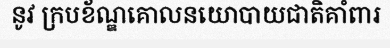
នូវ ក្របខ័ណ្ឌគោលនយោបាយជាតិគាំពារ